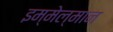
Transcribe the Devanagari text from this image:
इम्मेल्मान